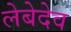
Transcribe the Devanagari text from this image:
लेबेदेव